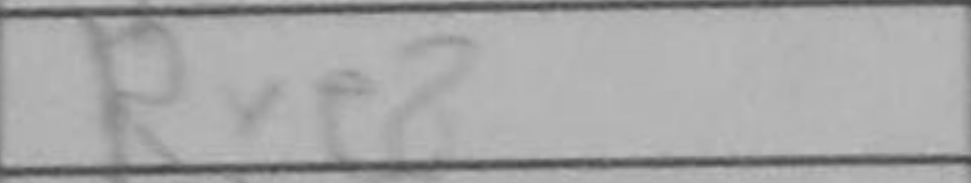
Transcription: Rxe8